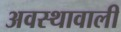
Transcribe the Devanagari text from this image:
अवस्थावाली